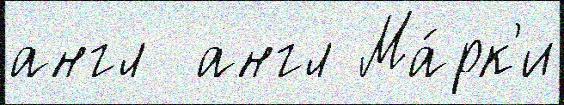
англ  англ Ма́рк'и